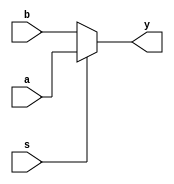
`timescale 1ns / 1ps
//////////////////////////////////////////////////////////////////////////////////
// Company: 
// Engineer: 
// 
// Design Name: 
// Module Name: mux2x1_5
// Project Name: 
// Target Devices: 
// Tool Versions: 
// Description: 
// 
// Dependencies: 
// 
// Revision:
// Revision 0.01 - File Created
// Additional Comments:
// 
//////////////////////////////////////////////////////////////////////////////////


module mux2x1_5(
	input wire [4:0] a,
	input wire [4:0] b,
	input wire s,
	output wire [4:0] y 
    );
	
	assign y = (s == 1)? a : b;
endmodule